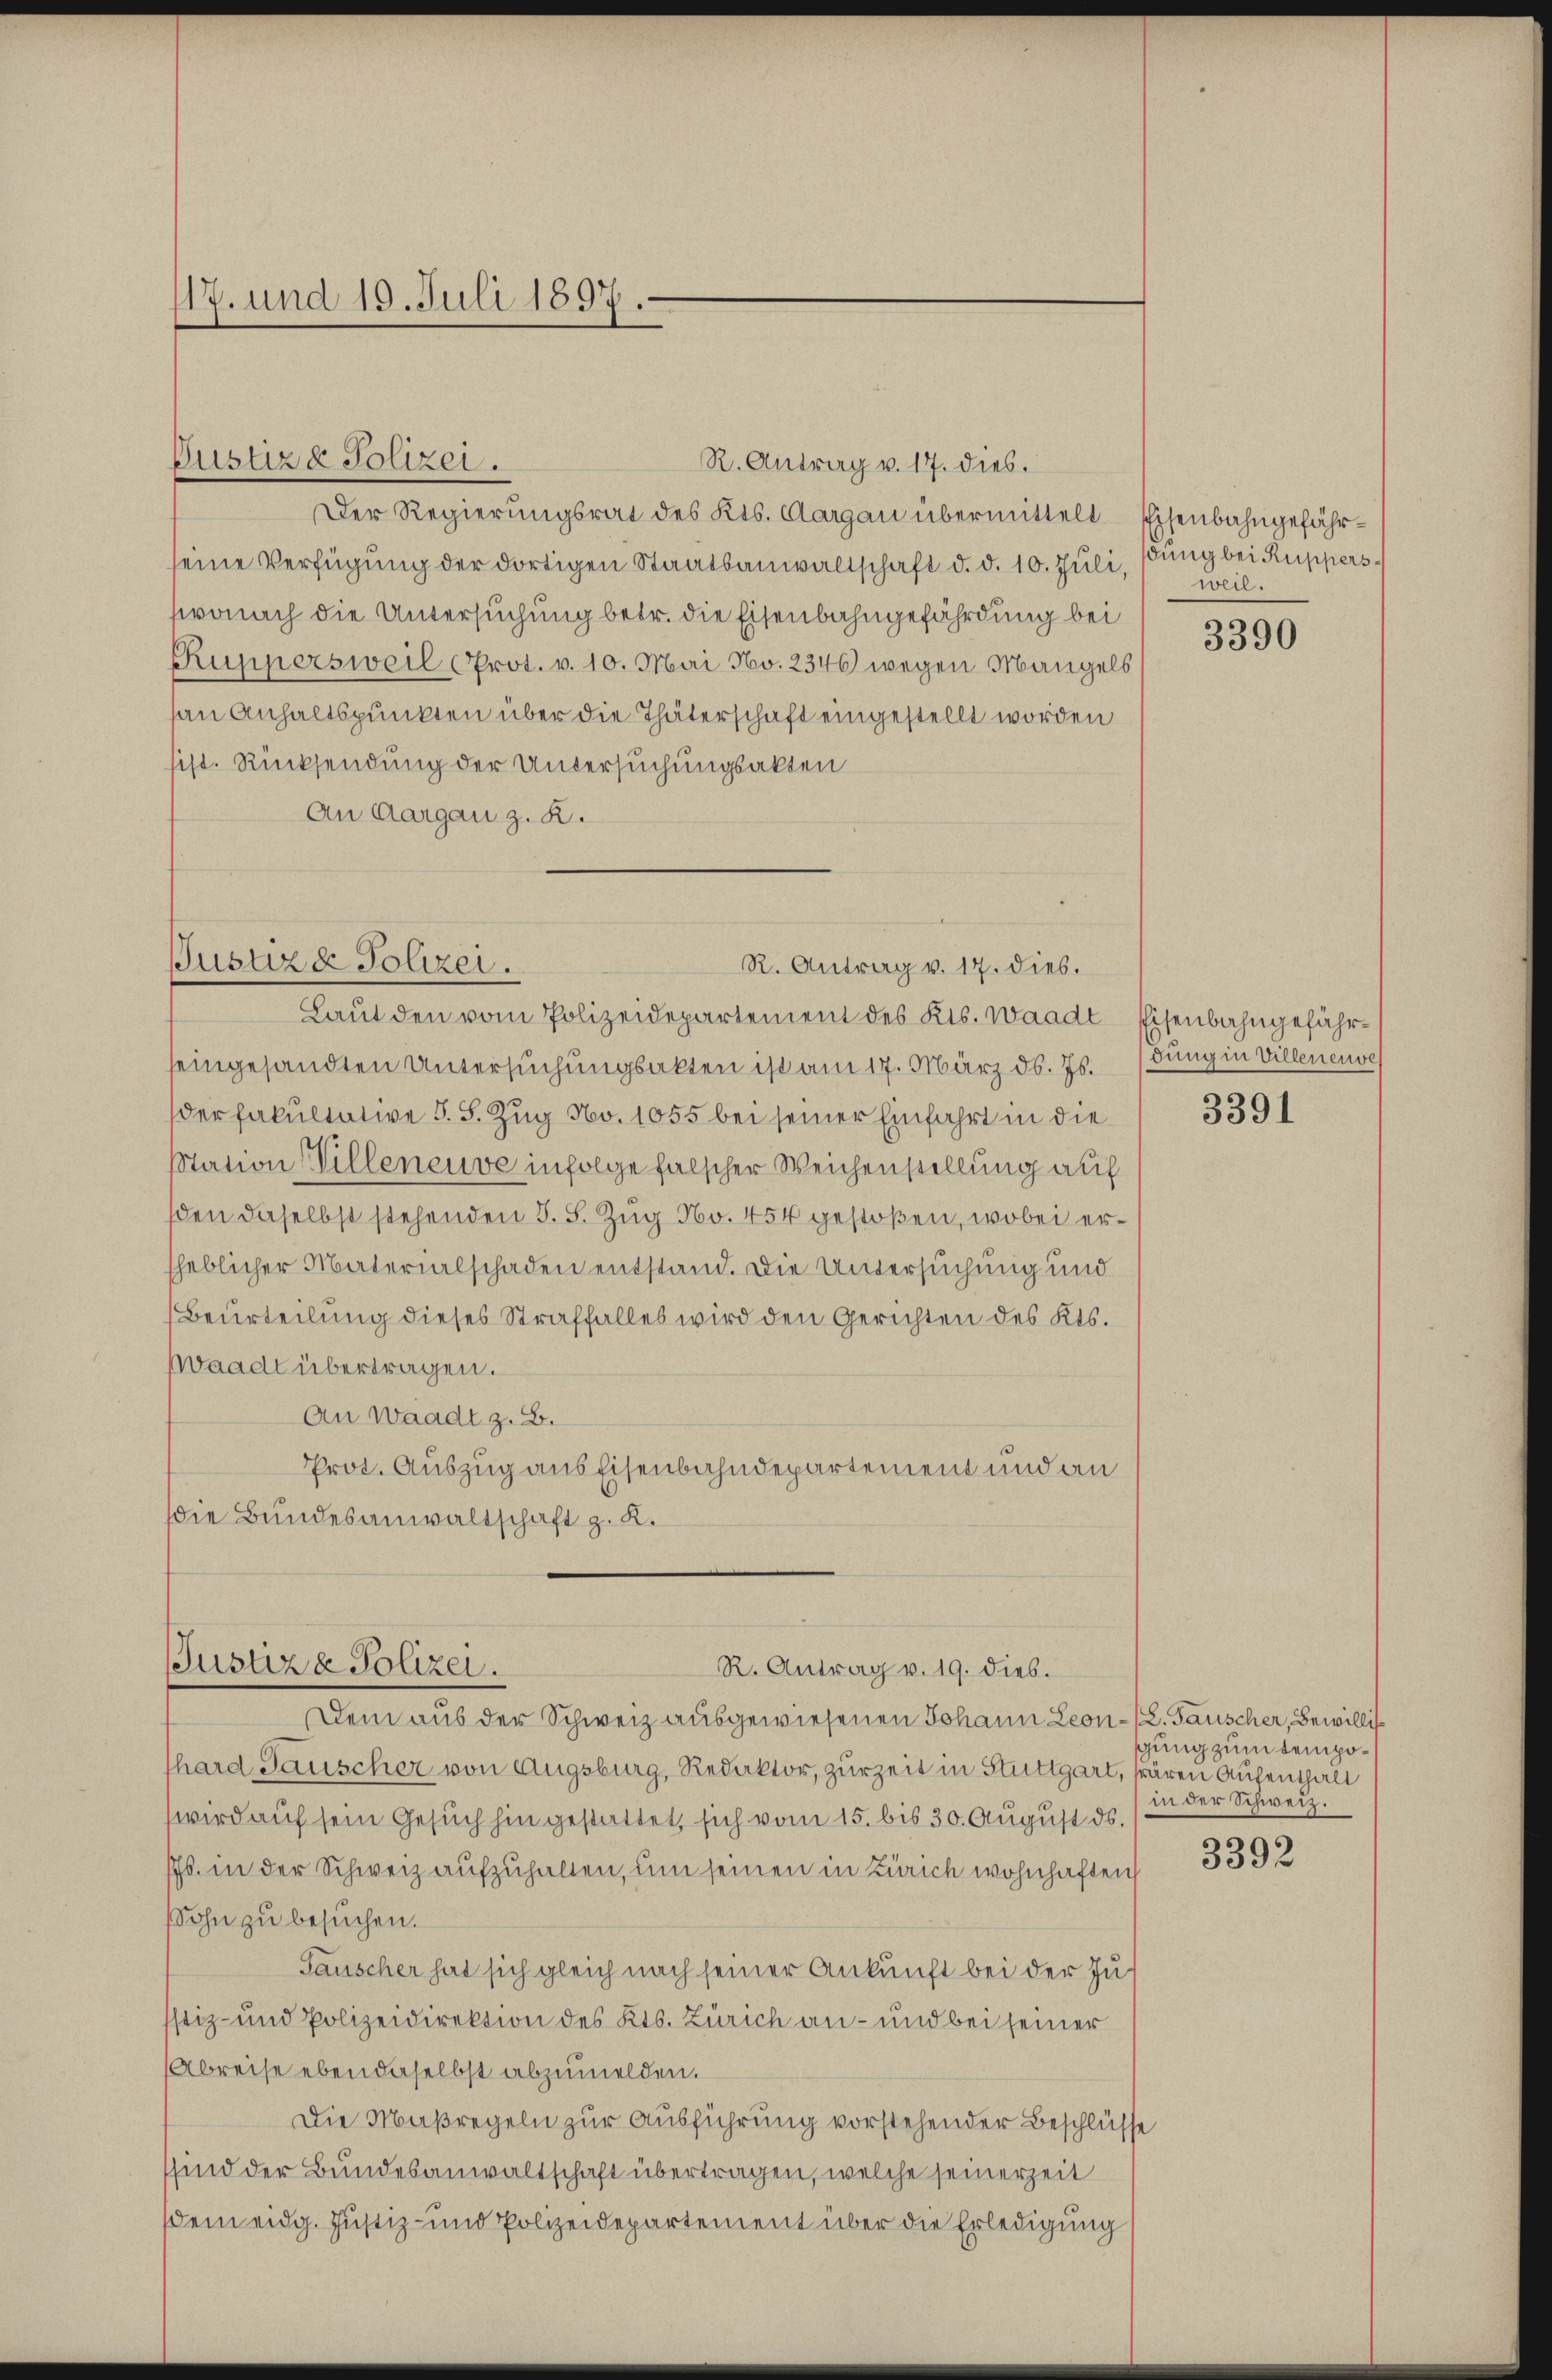
117. und 19. Juli 1897.

Pustiz Polizei.

Der Regierungsrat des Kts. Aargau übermittelt Eisenbahngefährseine Verfügung der dortigen Staatsanwaltschaft d. d. 10. Juli, Bung bei Rupperswonach die Untersuchung betr. die Eisenbahngefährdung bei
Kuppersweil Prot. v. 10. Mai No. 2346 wegen Mangels
an Anhaltspunkten über die Thäterschaft eingestellt worden
sist. Rücksendung der Untersuchungsakten
An Aargau z. B.

R. Antrag v. 17. dies.

Justiz & Polizei.
R. Antrag v. 17. dies.
Laut den vom Polizeidepartement des Kts. Waadt, Eisenbahngefähr¬

Justiz & Polizei.
R. Antrag v. 19. dieb.
Dem aus der Schweiz ausgewiesenen Johann Leon- (L. Tauscher, Bewillis¬

eingesandten Untersuchungsakten ist am 17. März d. Js. (dung in Villeneuves
der Fakultative S. S. Zug No. 1055 bei seiner Einfahrt in die
Station Willeneuve infolge falscher Weichenstellung auf
den daselbst stehenden §. 5. Zug No. 454 gestoßen, wobei erheblicher Materialschaden entstand. Die Untersuchung und
Beurteilung dieses Straffalles wird den Gerichten des Kts.
Waadt übertragen.
An Waadt z. B.
Prot. Auszug aus Eisenbahndepartement und an
die Bundesanwaltschaft z. R.

hard Tauscher von Augsburg, Redaktor, zurzeit in Stuttgart, wären Aufenthalt
wird auf sein Gesuch hingestattet, sich vom 15. bis 30. August ds.
s. in der Schweiz aufzuhalten, um seinen in Zürich wohnhaften
Sohn zu besuchen.
Tauscher hat sich gleich nach seiner Ankunft bei der Ju¬
Istiz- und Polizeidirektion des Kts. Zürich an- und bei seiner
Abreise ebendaselbst abzumelden.
Die Maßregeln zur Ausführung vorstehender Beschlüsse
ssind der Bundesanwaltschaft übertragen, welche seinerzeit
sdem eidg. Justiz- und Polizeidepartement über die Erledigung

weil.

3390

3391

gung zum tempoin der Schweiz.

3392